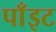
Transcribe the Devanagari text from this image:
पाँइट